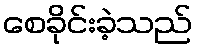
စေခိုင်းခဲ့သည်